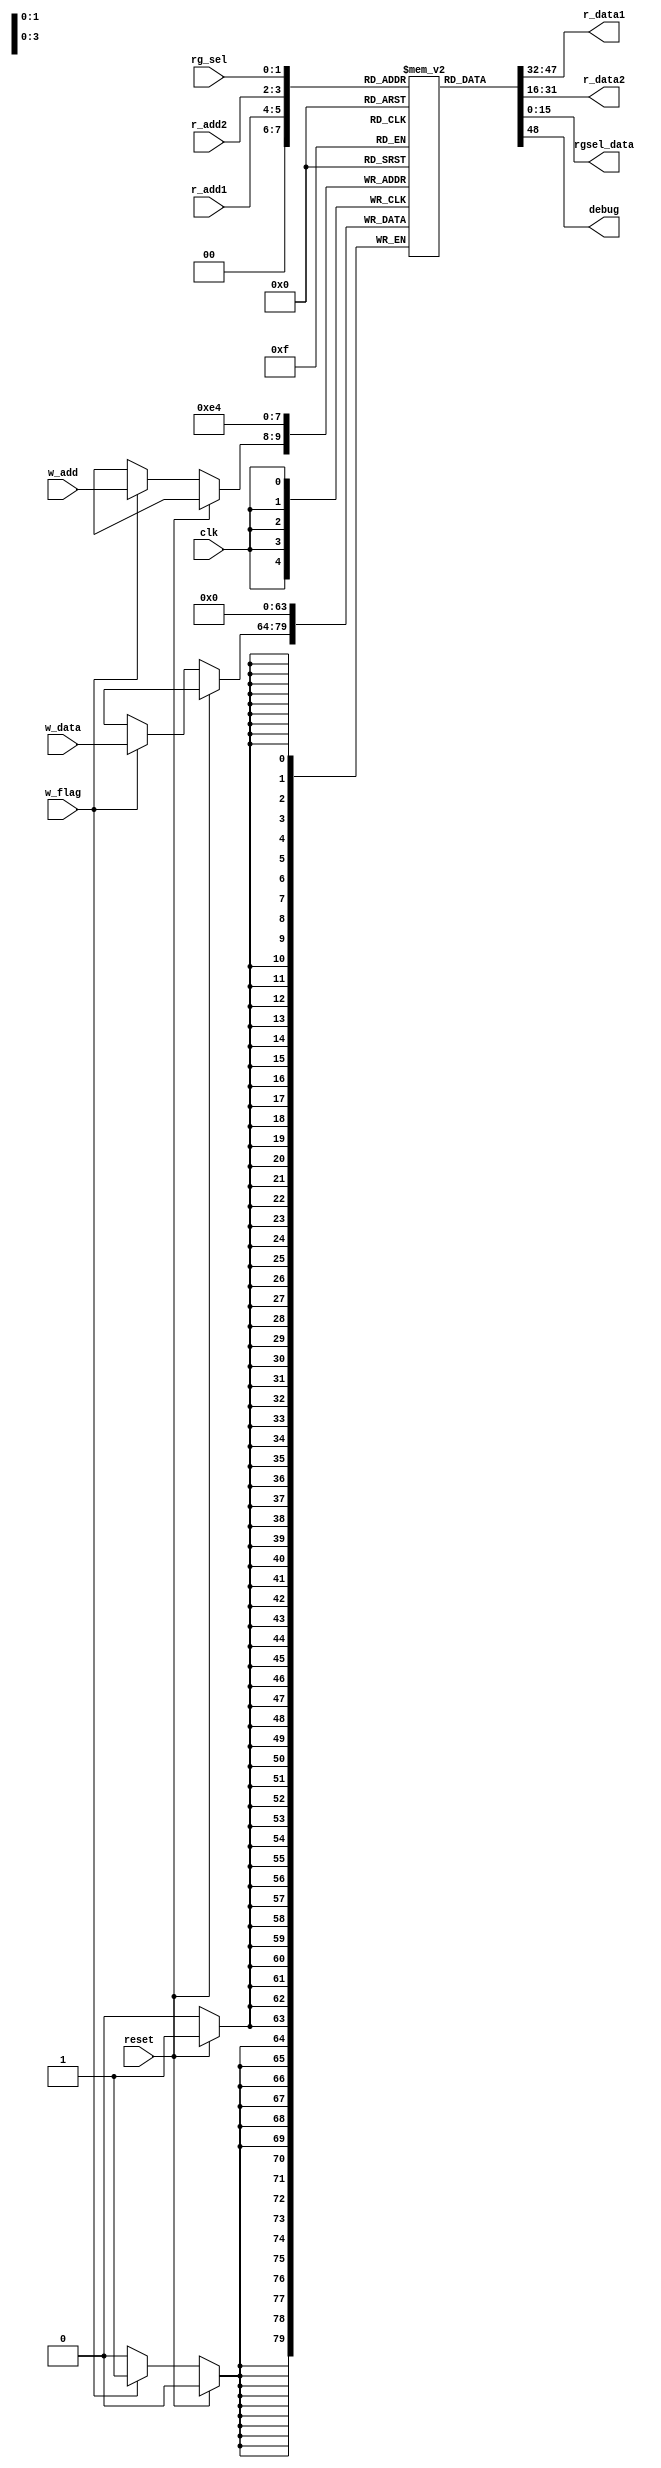
	module data_mem(
		input clk,
		input [1:0]r_add1,
		input [1:0]r_add2,
		input [1:0] rg_sel,
		input [1:0]w_add,
		input w_flag,
		input [15:0]w_data,
		input reset,
		output [15:0]r_data1,
		output [15:0]r_data2,
		output [15:0]rgsel_data,
		output debug
	);
	reg [15:0] data [3:0];
	assign debug = data[0];
	integer i;
	always @(posedge clk) begin
		if(reset) 
			for(i=0;i<4;i=i+1)
				data[i] <= 0;
		else
			if (w_flag) 
				data[w_add] <= w_data;
	end
	assign r_data1 = data[r_add1];
	assign r_data2 = data[r_add2];
	assign rgsel_data = data[rg_sel];
	endmodule